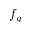
f _ { g }